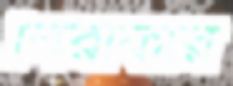
নিরাকার